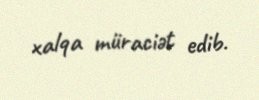
xalqa müraciət edib.